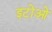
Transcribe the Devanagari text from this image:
इटोओ